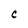
Character: C